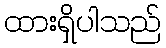
ထားရှိပါသည်